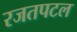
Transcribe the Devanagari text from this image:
रजतपटल